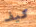
كيف